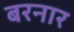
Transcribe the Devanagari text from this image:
बरनार